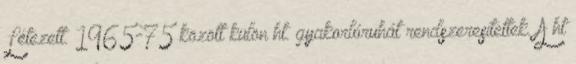
Létezett. 1965-75 között külön ht. gyakorlóruhát rendszeresítettek. A ht